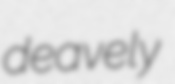
deavely